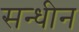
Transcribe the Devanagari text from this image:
सन्धीन